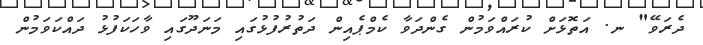
ދެރަވޭ" ނ. އަތޮޅަށް ކުރައްވަމުން ގެންދަވާ ކެމްޕެއިން ދަތުރުފުޅުގައި މަނަދޫގައި ވާހަކަފުޅު ދައްކަވަމުން